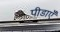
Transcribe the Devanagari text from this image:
पीडाएँ